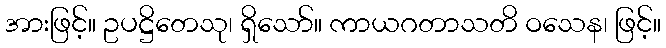
အားဖြင့်။ ဥပဋ္ဌိတေသု၊ ရှိသော်။ ကာယဂတာသတိ ဝသေန၊ ဖြင့်။